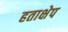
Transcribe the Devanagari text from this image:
हताक्षेप